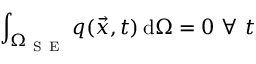
\int _ { \Omega _ { \mathrm { ~ S ~ E ~ } } } q ( \vec { x } , t ) \, \mathrm { d } \Omega = 0 \ \forall \ t